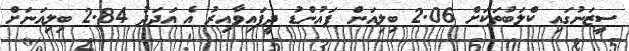
ސީޒަނުގައި ކްލަބުތަކަށް 2.06 ބިލިއަން ޕައުންޑު ދީފައިވާއިރު އެ އަދަދު 2.84 ބިލިއަނަށް